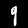
Digit: 9